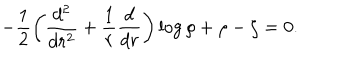
LaTeX: - \frac 1 2 \left( \frac { d ^ { 2 } } { d r ^ { 2 } } + \frac 1 r \frac d { d r } \right) \log \rho + \rho - \zeta = 0 .